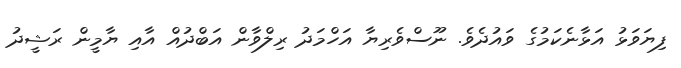
ފިޔަވަޅު އަޅާނެކަމުގެ ވައުދެވެ. ނޫސްވެރިޔާ އަހްމަދު ރިލްވާން އަބްދުއް އާއި ޔާމީން ރަޝީދު